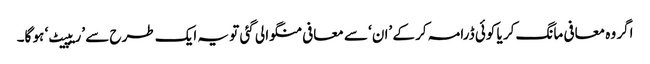
اگر وہ معافی مانگ کر یا کوئی ڈرامہ کر کے ’ان‘ سے معافی منگوا لی گئی تو یہ ایک طرح سے ’ریپیٹ‘ ہو گا۔